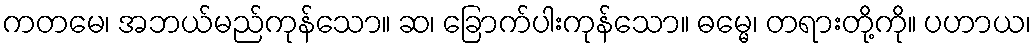
ကတမေ၊ အဘယ်မည်ကုန်သော။ ဆ၊ ခြောက်ပါးကုန်သော။ ဓမ္မေ၊ တရားတို့ကို။ ပဟာယ၊